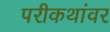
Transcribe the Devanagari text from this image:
परीकथांवर